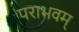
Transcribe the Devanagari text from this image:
पराभवम्‌